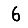
Digit: 6